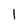
Character: l